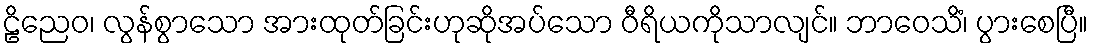
ဠိညေဝ၊ လွန်စွာသော အားထုတ်ခြင်းဟုဆိုအပ်သော ဝီရိယကိုသာလျင်။ ဘာဝေသိံ၊ ပွားစေပြီ။